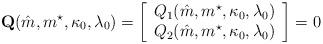
LaTeX: \begin{align*}\mathbf{Q}(\hat{m},m^\star,\kappa_0, \lambda_0)= \left[\begin{array}{c} Q_1(\hat{m},m^\star,\kappa_0,\lambda_0)\\ Q_2(\hat{m},m^\star,\kappa_0,\lambda_0)\\\end{array}\right]=0\end{align*}